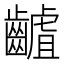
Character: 䶥